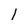
Character: 1